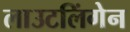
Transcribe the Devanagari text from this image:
लाउटलिंगेन